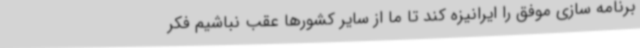
برنامه سازی موفق را ایرانیزه کند تا ما از سایر کشورها عقب نباشیم فکر